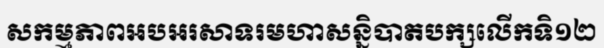
សកម្មភាពអបអរសាទរមហាសន្និបាតបក្សលើកទិ១២